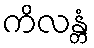
ကိလန္တံ